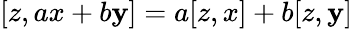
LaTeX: [z,ax+b\mathbf{y}]=a[z,x]+b[z,\mathbf{y}]